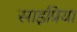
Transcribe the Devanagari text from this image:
साइप्रिया